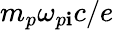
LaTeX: m_{p}\omega_{p\mathbf{i}}c/e